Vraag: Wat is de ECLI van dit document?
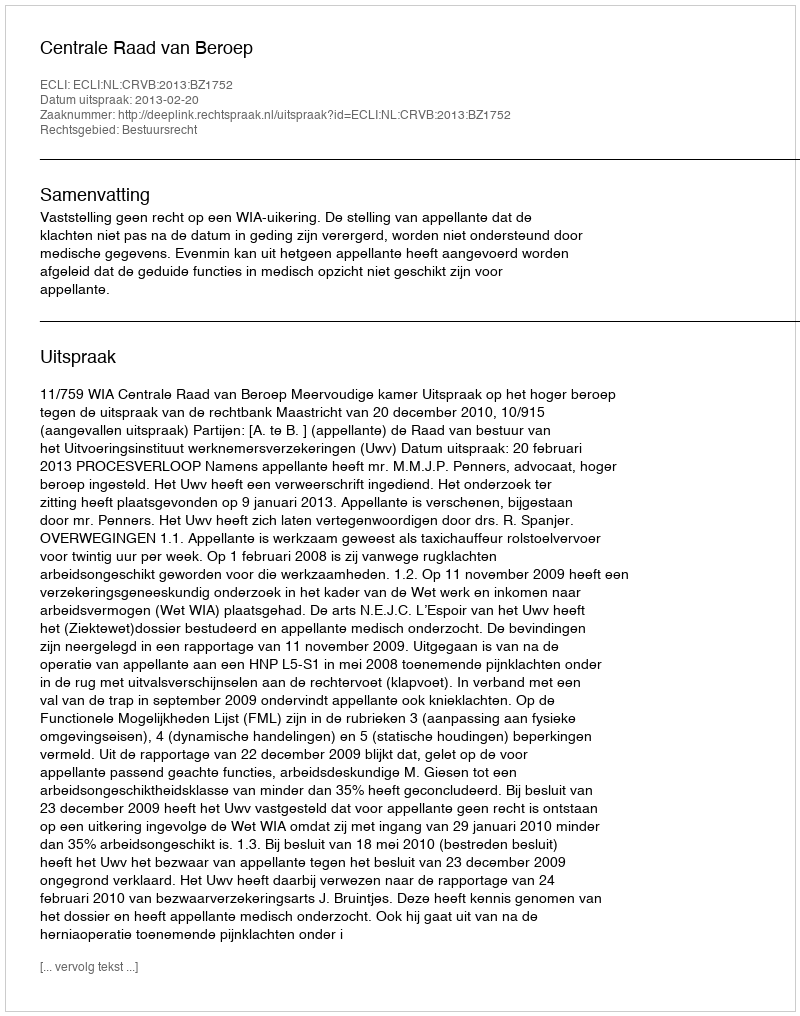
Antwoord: ECLI:NL:CRVB:2013:BZ1752